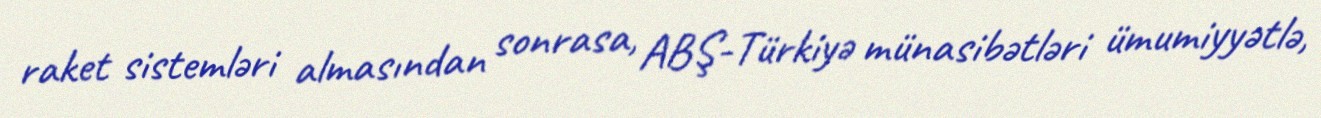
raket sistemləri almasından sonrasa, ABŞ-Türkiyə münasibətləri ümumiyyətlə,